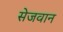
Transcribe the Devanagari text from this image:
सेजवान